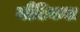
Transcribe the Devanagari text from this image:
नौटिकल